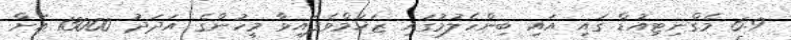
6.9 މެގްނިޓިއުޑް ގައި އައި ބިންހެލުމުގައި ޒަޚަމްވެފައިވާ މީހުންގެ އަދަދު 13000 އަށް